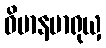
ဝိမာနမာရုယှ